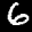
Label: 6